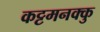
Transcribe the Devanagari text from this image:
कट्टमनक्कु